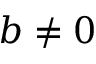
b \neq 0